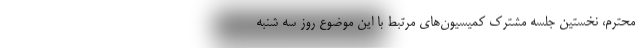
محترم، نخستین جلسه مشترک کمیسیون‌های مرتبط با این موضوع روز سه شنبه